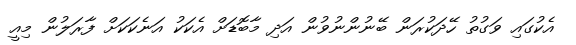
އެކުގައި ވަގުތު ހޭދަކުރަން ބޭނުންނުވުން އަދި މާބޮޑަށް އެކަކު އަނެކަކަށް ފާރަލުން މިއީ